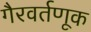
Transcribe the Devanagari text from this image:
गैरवर्तणूक